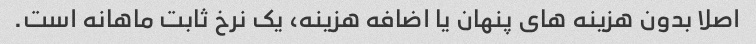
اصلا بدون هزینه های پنهان یا اضافه هزینه، یک نرخ ثابت ماهانه است.